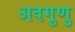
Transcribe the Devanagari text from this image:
अवगुणु